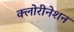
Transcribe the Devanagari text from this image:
क्लोरीनेशन